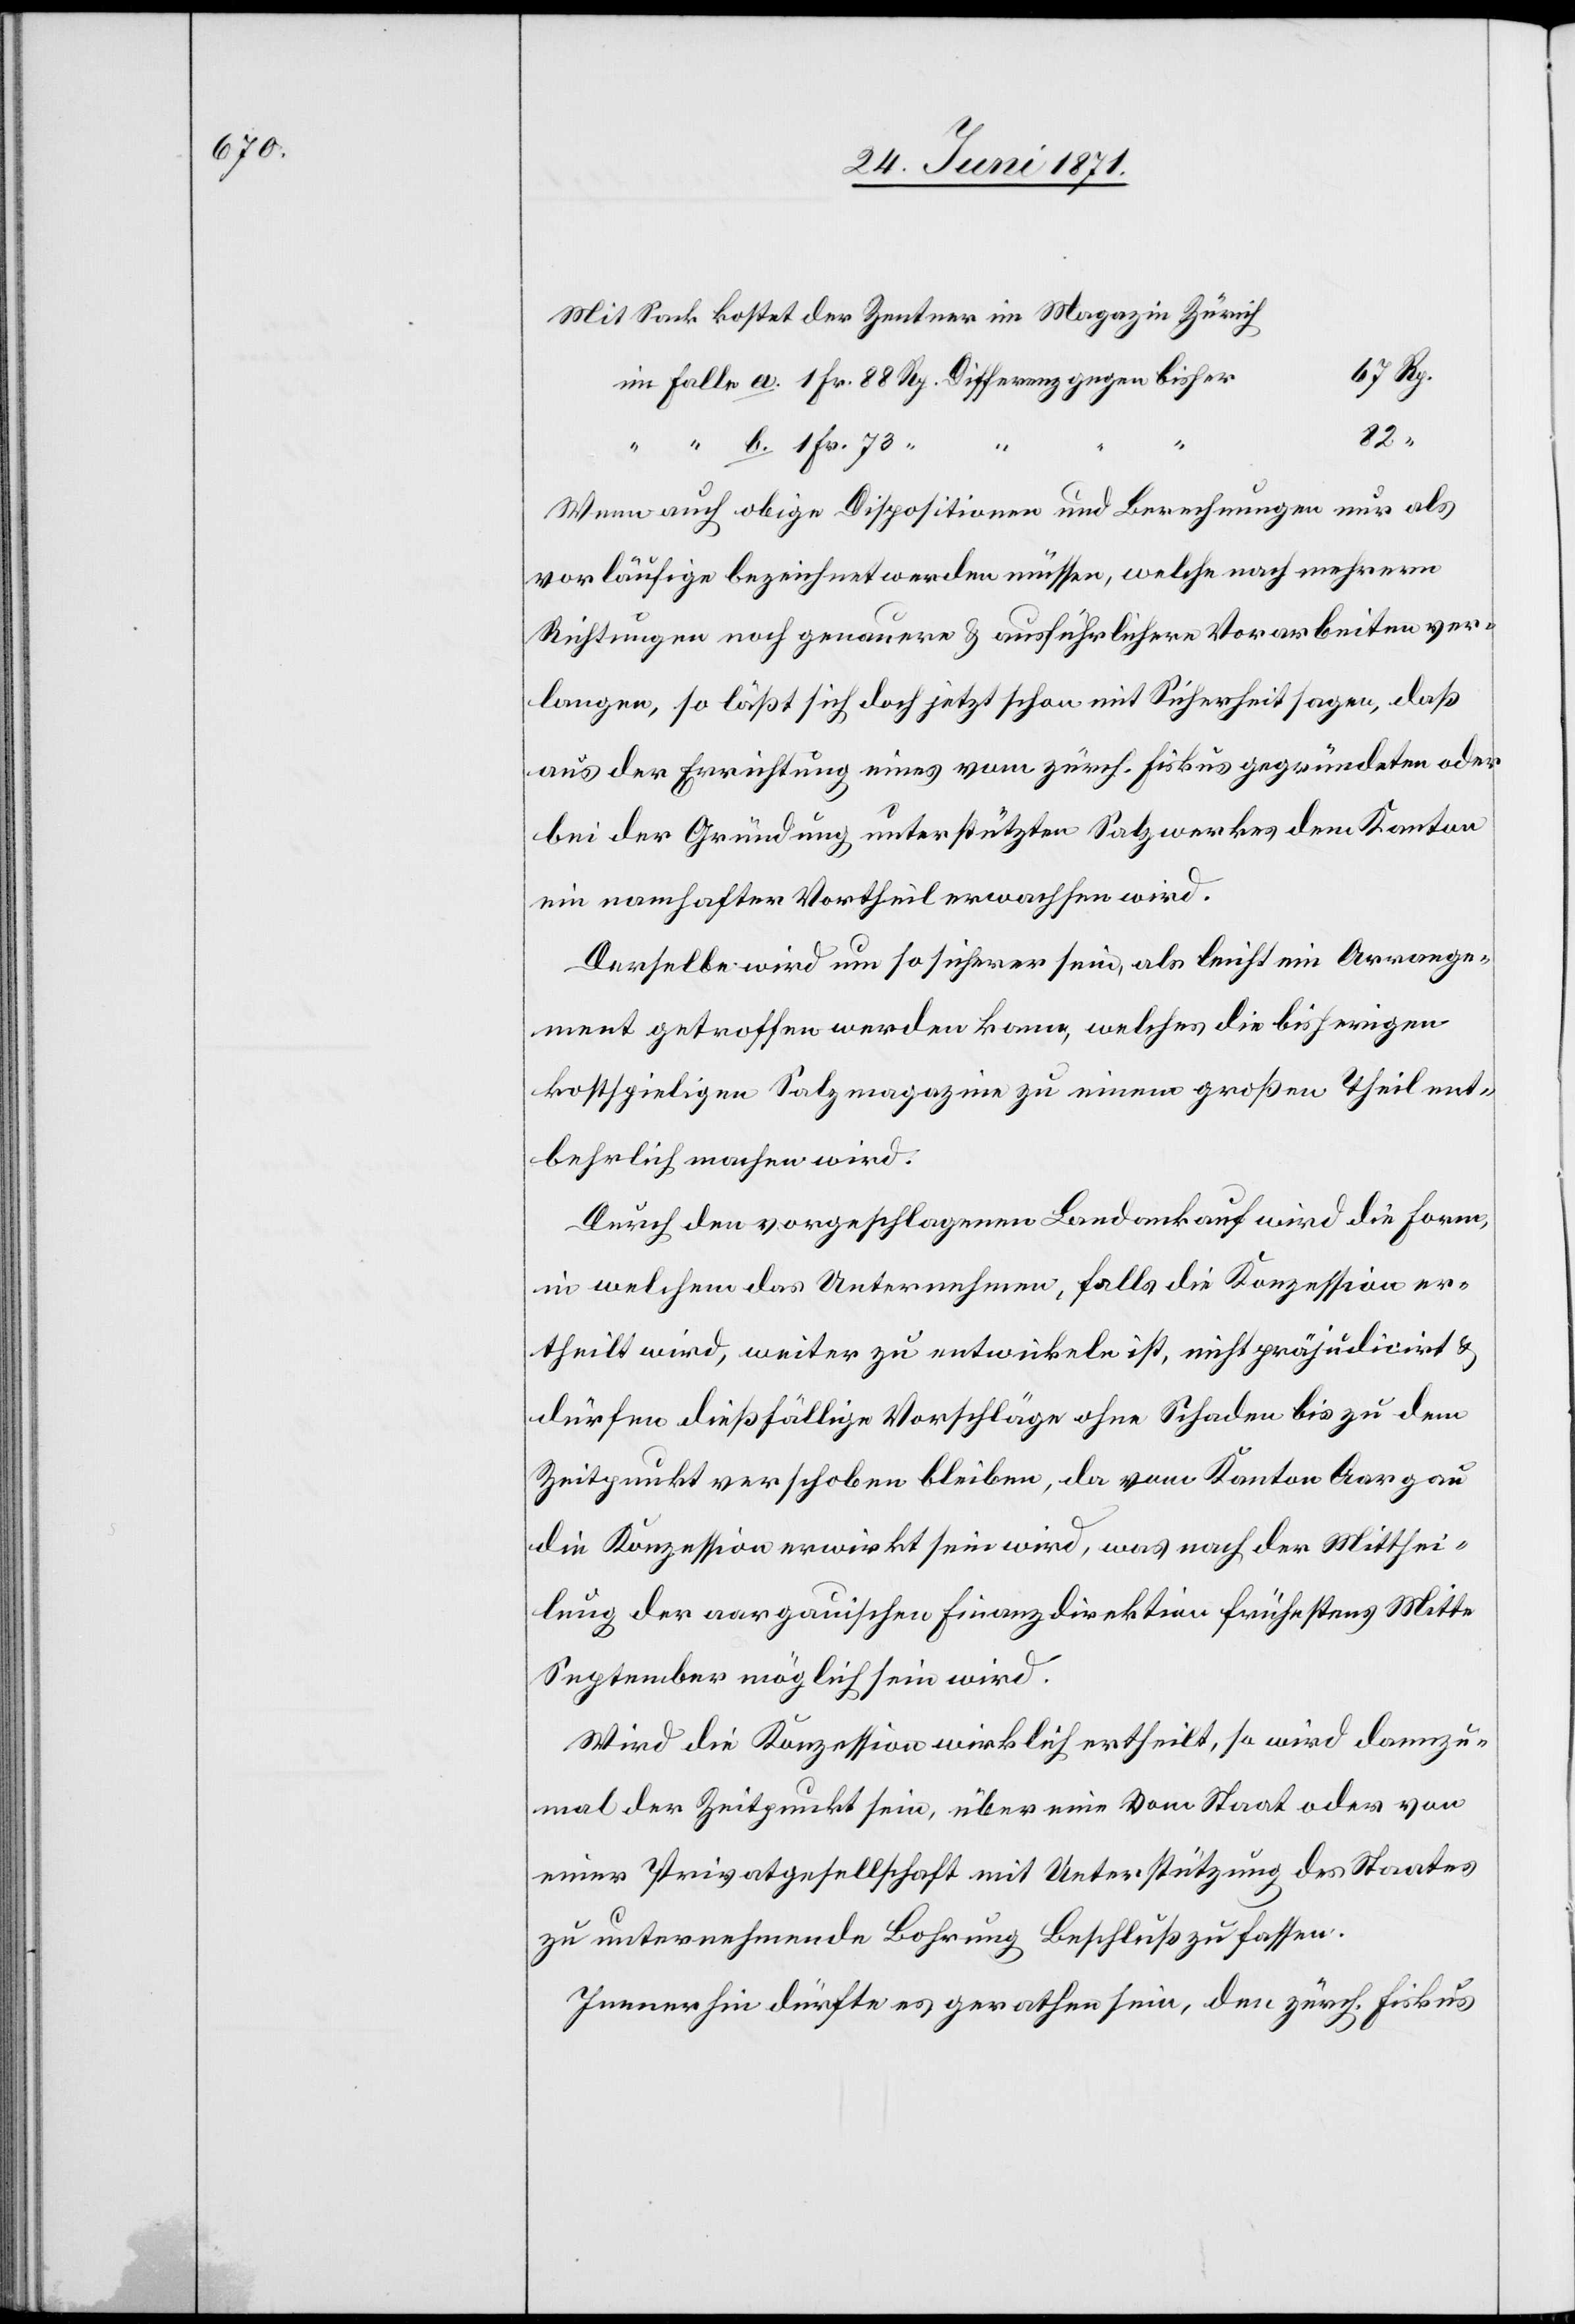
Mit Sack kostet der Zentner im Magazin Zürich
67 Rp.
82
“
Wenn auch obige Dispositionen und Berechnungen nur als
vorläufige bezeichnet werden müssen, welche nach mehrern
Richtungen noch genauere u. ausführlichere Vorarbeiten ver¬
langen, so läßt sich doch jetzt schon mit Sicherheit sagen, daß
aus der Errichtung eines vom zürch. Fiskus gegründeten oder
bei der Gründung unterstützten Salzwerkes dem Kanton
ein namhafter Vortheil erwachsen wird.
Derselbe wird um so sicherer sein, als leicht ein Arrange¬
ment getroffen werden kann, welches die bisherigen
kostspieligen Salzmagazine zu einem großen Theil ent¬
behrlich machen wird.
Durch den vorgeschlagenen Landankauf wird die Form
in welchem das Unternehmen, falls die Konzession er¬
theilt wird, weiter zu entwickeln ist, nicht präjudicirt u.
dürfen dießfällige Vorschläge ohne Schaden bis zu dem
Zeitpunkt verschoben bleiben, da vom Kanton Aargau
die Konzession erwirkt sein wird, was nach der Mitthei¬
lung der aargauischen Finanzdirektion frühestens Mitte
September möglich sein wird.
Wird die Konzession wirklich ertheilt, so wird dannzu¬
mal der Zeitpunkt sein, über eine vom Staat oder von
einer Privatgesellschaft mit Unterstützung des Staates
zu unternehmende Bohrung Beschluß zu fassen.
Immerhin dürfte es gerathen sein, den zürch. Fiskus